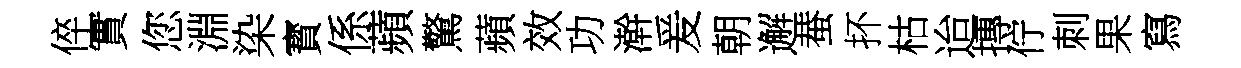
倅實您淵染寳係蘋驚蘋效功澣爰朝邂蛬抔枯迨摶佇刺果寫